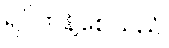
ရပ်တန့်စေသည်